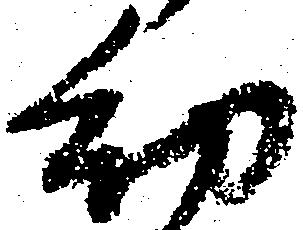
幼